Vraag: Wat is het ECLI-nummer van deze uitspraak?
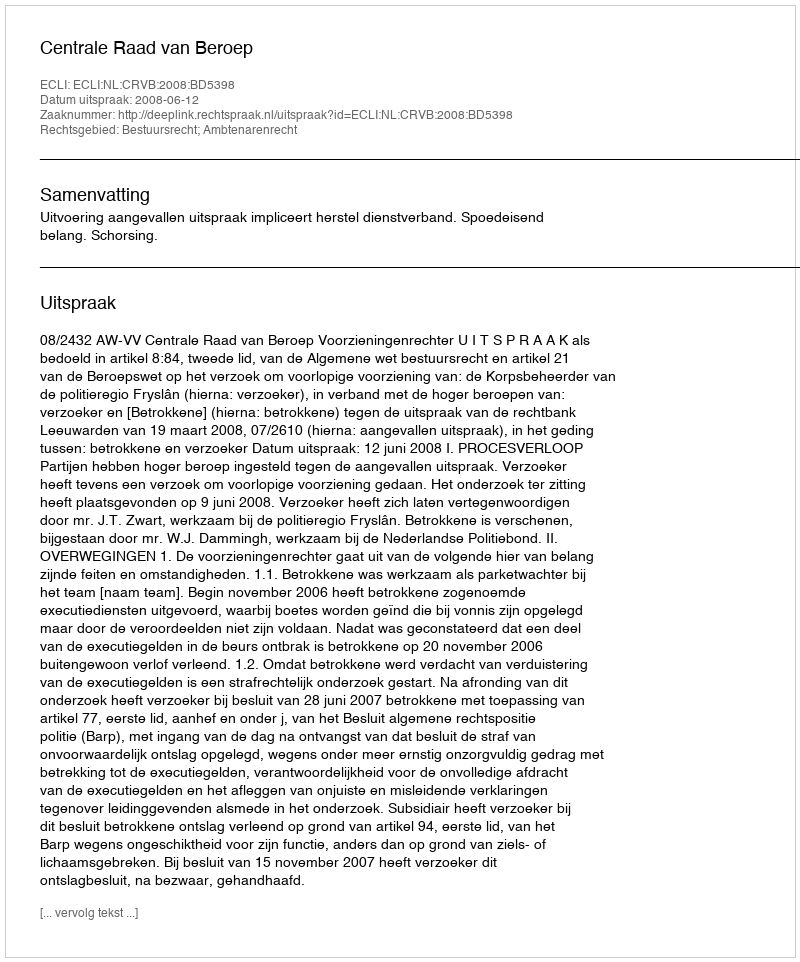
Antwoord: ECLI:NL:CRVB:2008:BD5398